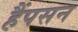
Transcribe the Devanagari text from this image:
हैंपसन